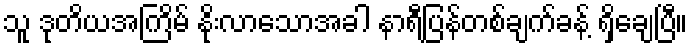
သူ ဒုတိယအကြိမ် နိုးလာသောအခါ နာရီပြန်တစ်ချက်ခန့် ရှိချေပြီ။